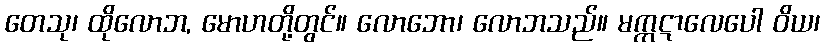
တေသု၊ ထိုလောဘ, မောဟတို့တွင်။ လောဘော၊ လောဘသည်။ မက္ကဋာလေပေါ ဝိယ၊